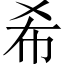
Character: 希